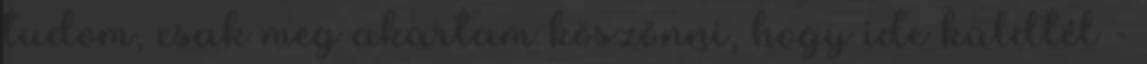
tudom, csak meg akartam köszönni, hogy ide küldtél -